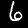
Digit: 6